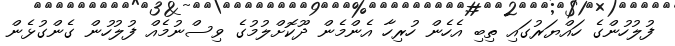
ފުލުހުންގެ ހައްޔަރުގައި ތިބި އެހެން ހުރިހާ އެންމެން ދޫކޮށްލުމުގެ ވިސްނުމެއް ފުލުހުން ގެންގުޅެން